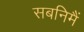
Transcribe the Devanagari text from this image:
सबनिमैं